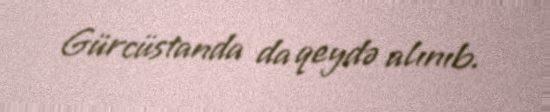
Gürcüstanda da qeydə alınıb.